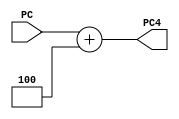
`timescale 1ns / 1ps
//////////////////////////////////////////////////////////////////////////////////
// Company: 
// Engineer: 
// 
// Design Name: 
// Module Name: PC_adder_4
// Project Name: 
// Target Devices: 
// Tool Versions: 
// Description: 
// 
// Dependencies: 
// 
// Revision:
// Revision 0.01 - File Created
// Additional Comments:
// 
//////////////////////////////////////////////////////////////////////////////////


module PC_adder_4(PC,PC4);
input [31:0] PC;
output reg [31:0] PC4;

always@(*)
begin
PC4 = PC + 4;
end
endmodule